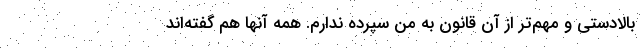
بالادستی و مهم‌تر از آن قانون به من سپرده ندارم. همه آنها هم گفته‌اند